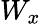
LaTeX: W_{x}